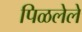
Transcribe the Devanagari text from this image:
पिळलेले